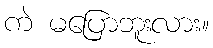
ကဲ မပြောဘူးလား။